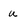
Character: u